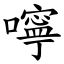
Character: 嚀